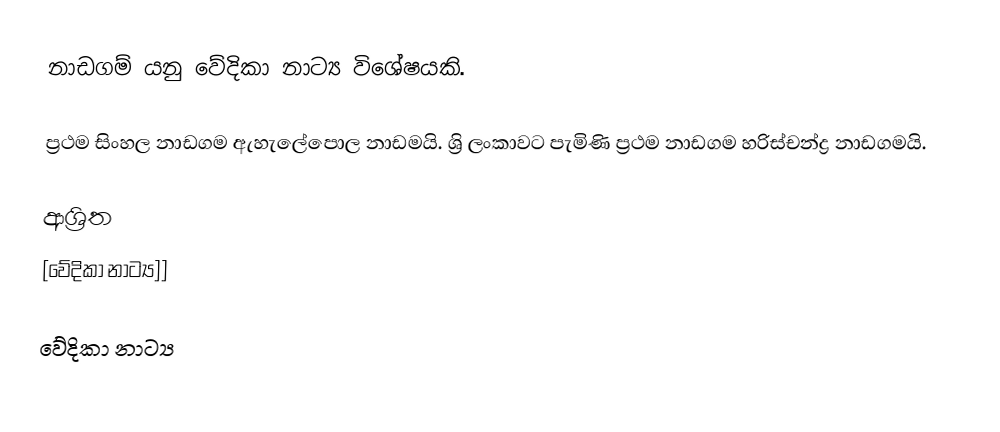
නාඩගම් යනු වේදිකා නාට්‍ය විශේෂයකි.

ප්‍රථම සිංහල නාඩගම ඇහැලේපොල නාඩමයි. ශ්‍රි ලංකාවට පැමිණි ප්‍රථම නාඩගම හරිස්චන්ද්‍ර නාඩගමයි.

ආශ්‍රිත
 [වේදිකා නාට්‍ය]]

වේදිකා නාට්‍ය